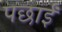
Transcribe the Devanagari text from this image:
पछाईं